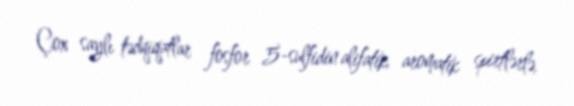
Çox saylı tədqiqatlar fosfor 5-sulfidin alifatik, aromatik spirtlərlə,